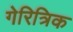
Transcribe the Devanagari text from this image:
गेरित्रिक